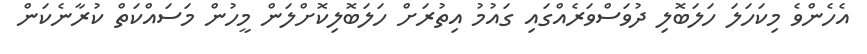
އެހެންވެ މިކަހަލަ ހަލަބޮލި ދުވަސްވަރެއްގައި ގަައުމު އިތުރަށް ހަލަބޮލިކޮށްލަން މީހުން މަސައްކަތް ކުރާނެކަން